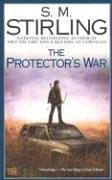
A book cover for The Protector's War: A Novel of the Change (Change Series); S. M. Stirling; Science Fiction & Fantasy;